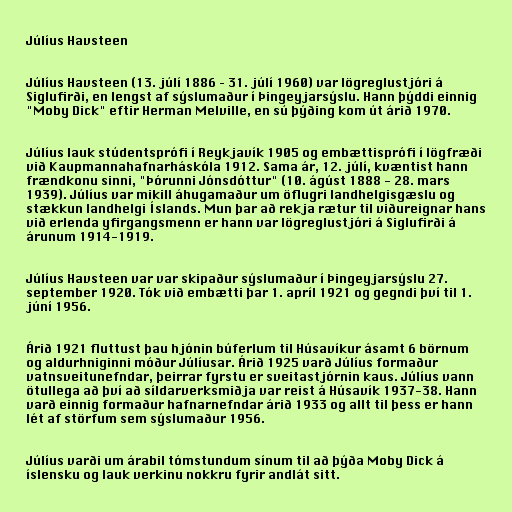
Júlíus Havsteen

Júlíus Havsteen (13. júlí 1886 – 31. júlí 1960) var lögreglustjóri á
Siglufirði, en lengst af sýslumaður í Þingeyjarsýslu. Hann þýddi einnig
"Moby Dick" eftir Herman Melville, en sú þýðing kom út árið 1970.

Júlíus lauk stúdentsprófi í Reykjavík 1905 og embættisprófi í lögfræði
við Kaupmannahafnarháskóla 1912. Sama ár, 12. júlí, kvæntist hann
frændkonu sinni, "Þórunni Jónsdóttur" (10. ágúst 1888 - 28. mars
1939). Júlíus var mikill áhugamaður um öflugri landhelgisgæslu og
stækkun landhelgi Íslands. Mun þar að rekja rætur til viðureignar hans
við erlenda yfirgangsmenn er hann var lögreglustjóri á Siglufirði á
árunum 1914-1919.

Júlíus Havsteen var var skipaður sýslumaður í Þingeyjarsýslu 27.
september 1920. Tók við embætti þar 1. apríl 1921 og gegndi því til 1.
júní 1956.

Árið 1921 fluttust þau hjónin búferlum til Húsavíkur ásamt 6 börnum
og aldurhniginni móður Júlíusar. Árið 1925 varð Júlíus formaður
vatnsveitunefndar, þeirrar fyrstu er sveitastjórnin kaus. Júlíus vann
ötullega að því að síldarverksmiðja var reist á Húsavík 1937-38. Hann
varð einnig formaður hafnarnefndar árið 1933 og allt til þess er hann
lét af störfum sem sýslumaður 1956.

Júlíus varði um árabil tómstundum sínum til að þýða Moby Dick á
íslensku og lauk verkinu nokkru fyrir andlát sitt.